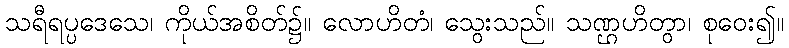
သရီရပ္ပဒေသေ၊ ကိုယ်အစိတ်၌။ လောဟိတံ၊ သွေးသည်။ သဏ္ဌဟိတွာ၊ စုဝေး၍။